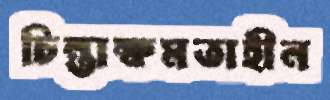
চিন্তাক্ষমতাহীন